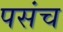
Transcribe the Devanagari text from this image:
पसंच